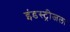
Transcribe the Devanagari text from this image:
इंडस्ट्रीजला